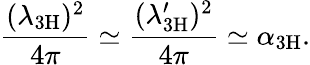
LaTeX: \frac{(\lambda_{\mathrm{3H}})^{2}}{4\pi}\simeq\frac{(\lambda_{\mathrm{3H}}^{\prime})^{2}}{4\pi}\simeq\alpha_{\mathrm{3H}}.